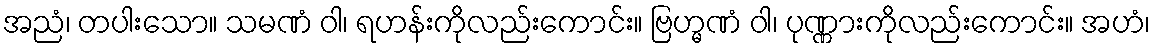
အညံ၊ တပါးသော။ သမဏံ ဝါ၊ ရဟန်းကိုလည်းကောင်း။ ဗြဟ္မဏံ ဝါ၊ ပုဏ္ဏားကိုလည်းကောင်း။ အဟံ၊